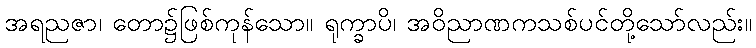
အရညဇာ၊ တော၌ဖြစ်ကုန်သော။ ရုက္ခာပိ၊ အဝိညာဏကသစ်ပင်တို့သော်လည်း။